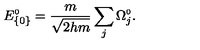
E _ { \{ 0 \} } ^ { \scriptscriptstyle 0 } = \frac { m } { \sqrt { 2 h m } } \sum _ { j } \Omega _ { j } ^ { \scriptscriptstyle 0 } .